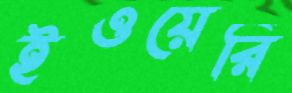
ইওয়েরি